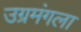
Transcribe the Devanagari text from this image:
उग्रमंगला